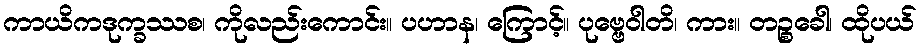
ကာယိကဒုက္ခဿစ၊ ကိုလည်းကောင်း။ ပဟာန၊ ကြောင့်။ ပုဗ္ဗေဝါတိ၊ ကား။ တဉ္စခေါ၊ ထိုပယ်